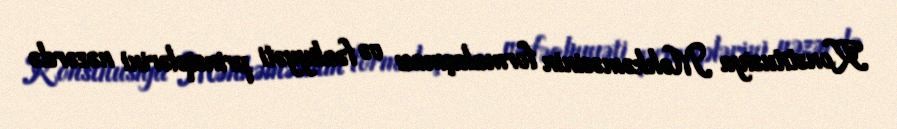
Konstitusiya Məhkəməsinin formalaşması və fəaliyyəti prinsiplərini nəzərdə